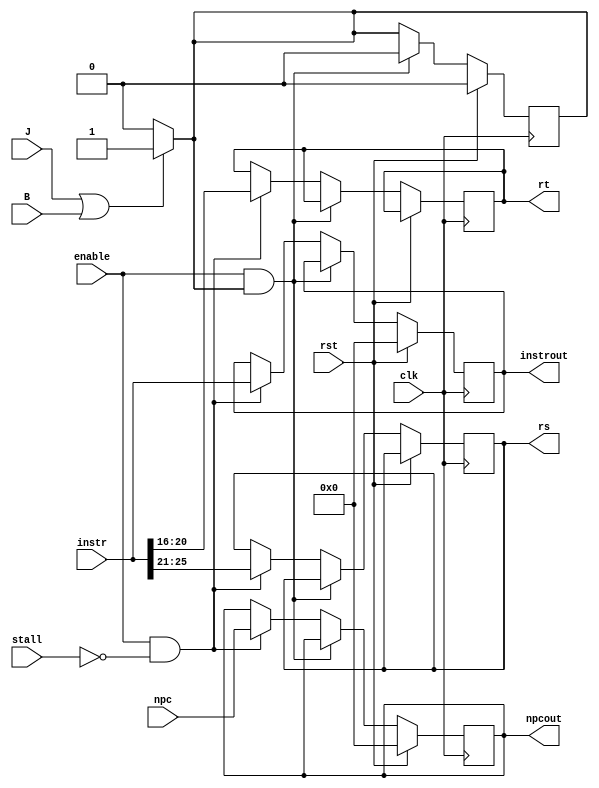
`timescale 1ns / 1ps

////////////////////////////////////////////////////////////////////////////////
// Company:       Universidad Nacional de Cordoba
//
// Module Name:   IF_ID
// Project Name:  MIPS 
// Description:   MIPS IF_ID register implementation in verilog.
//
// Dependencies:  None
//
////////////////////////////////////////////////////////////////////////////////

module IF_ID(input clk,
             input rst,
             input enable,
             input stall,
             input J,
             input B,
             input [31:0] npc,
             input [31:0] instr,
             output reg [4:0] rs,
             output reg [4:0] rt,
             output reg [31:0] instrout,
             output reg [31:0] npcout);
             
    reg flush;
    
	// Initialize.
	initial begin
        flush    <= 1'b0;
		instrout <= 1'b0;
		npcout   <= 1'b0;
	end

	// Update.
	always @ (posedge clk)
        if(rst)
            begin
                flush <= 1'b0;
                npcout <= 1'b0;
                instrout <= 1'b0;
			end
        else if (enable && flush)
            begin
                flush <= 1'b0;
            end
        else if (enable && !stall)
            begin
                npcout <= npc;
                instrout <= instr;
                rs <= instr[25:21];
                rt <= instr[20:16];
            end
		
	always @(J, B)
        begin
           if(J || B)
           begin
               flush = 1'b1;
           end
           else
           begin
                flush = 1'b0;
           end
        end
        
endmodule